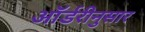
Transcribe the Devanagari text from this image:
ऑर्डरीनुसार